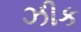
ઝીક